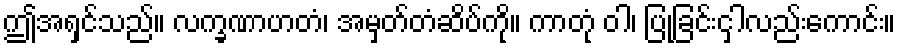
ဤအရှင်သည်။ လက္ခဏာဟတံ၊ အမှတ်တံဆိပ်ကို။ ကာတုံ ဝါ၊ ပြုခြင်းငှါလည်းကောင်း။